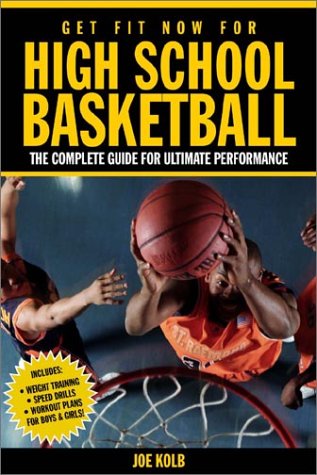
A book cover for Get Fit Now for High School Basketball: Strength and Conditioning for Ultimate Performance on the Court; Joe Kolb; Teen & Young Adult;